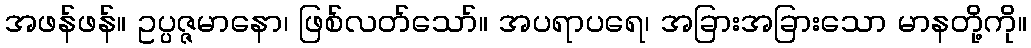
အဖန်ဖန်။ ဥပ္ပဇ္ဇမာနော၊ ဖြစ်လတ်သော်။ အပရာပရေ၊ အခြားအခြားသော မာနတို့ကို။